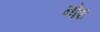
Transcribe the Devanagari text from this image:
नोश